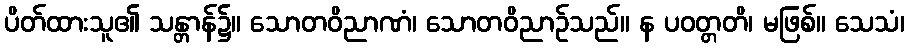
ပိတ်ထားသူ၏ သန္တာန်၌။ သောတဝိညာဏံ၊ သောတဝိညာဉ်သည်။ န ပဝတ္တတိ၊ မဖြစ်။ သေသံ၊